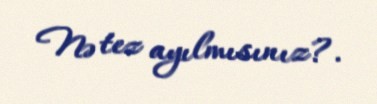
Nə tez ayılmısınız?.